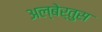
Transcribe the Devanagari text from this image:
अल्बेर्तुस